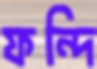
ফন্দি